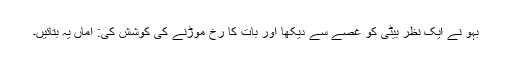
بہو نے ایک نظر بیٹی کو غصے سے دیکھا اور بات کا رُخ موڑنے کی کوشش کی: اماں یہ بتائیں۔